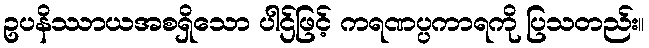
ဥပနိဿာယအစရှိသော ပါဌ်ဖြင့် ကရဏပ္ပကာရကို ပြသတည်း။